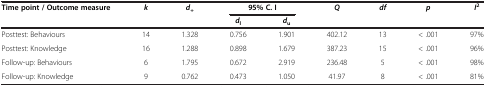
<table><thead><tr><td><b>Time point / Outcome measure</b></td><td><b><i>k</i></b></td><td><b><i>d</i><sub>+</sub></b></td><td colspan="2"><b>95% C. I</b></td><td><b><i>Q</i></b></td><td><b><i>df</i></b></td><td><b><i>p</i></b></td><td><b><i>I</i><sup>2</sup></b></td></tr><tr><td><b> </b></td><td><b> </b></td><td><b> </b></td><td><b><i>d</i><sub>l</sub></b></td><td><b><i>d</i><sub>u</sub></b></td><td><b> </b></td><td><b> </b></td><td><b> </b></td><td><b> </b></td></tr></thead><tbody><tr><td>Posttest: Behaviours</td><td>14</td><td>1.328</td><td>0.756</td><td>1.901</td><td>402.12</td><td>13</td><td>&lt; .001</td><td>97%</td></tr><tr><td>Posttest: Knowledge</td><td>16</td><td>1.288</td><td>0.898</td><td>1.679</td><td>387.23</td><td>15</td><td>&lt; .001</td><td>96%</td></tr><tr><td>Follow-up: Behaviours</td><td>6</td><td>1.795</td><td>0.672</td><td>2.919</td><td>236.48</td><td>5</td><td>&lt; .001</td><td>98%</td></tr><tr><td>Follow-up: Knowledge</td><td>9</td><td>0.762</td><td>0.473</td><td>1.050</td><td>41.97</td><td>8</td><td>&lt; .001</td><td>81%</td></tr></tbody></table>